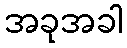
အခုအခါ